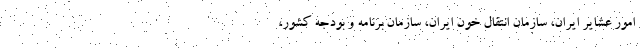
امور عشایر ایران، سازمان انتقال خون ایران، سازمان برنامه و بودجه کشور،